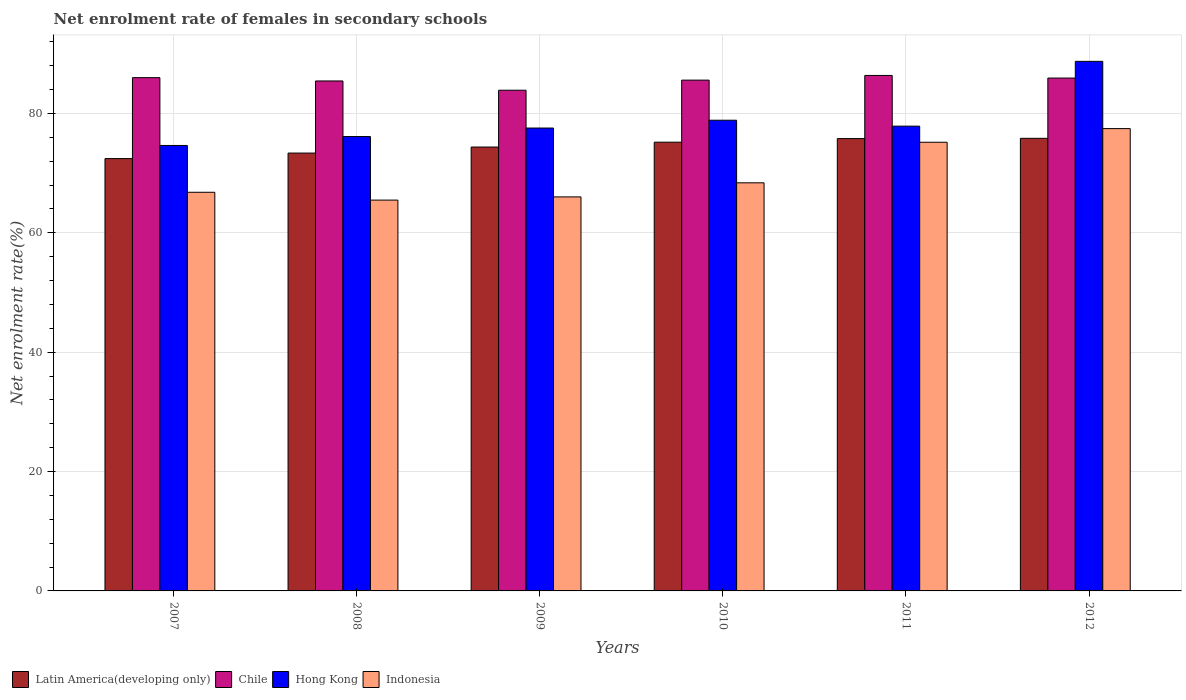
| Years | Latin America(developing only) | Chile | Hong Kong | Indonesia |
 | --- | --- | --- | --- | --- |
 | 2007 | 72.4 | 86 | 74.6 | 66.8 |
 | 2008 | 73.4 | 85.4 | 76.1 | 65.5 |
 | 2009 | 74.4 | 83.9 | 77.6 | 66 |
 | 2010 | 75.2 | 85.6 | 78.9 | 68.4 |
 | 2011 | 75.8 | 86.4 | 77.9 | 75.2 |
 | 2012 | 75.8 | 85.9 | 88.7 | 77.5 |